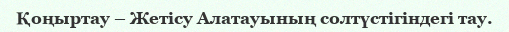
Қоңыртау – Жетісу Алатауының солтүстігіндегі тау.